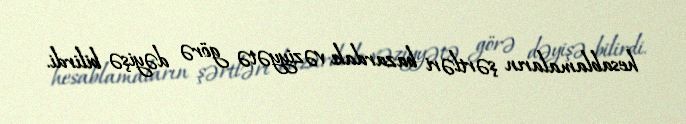
hesablamaların şərtləri bazardakı vəziyyətə görə dəyişə bilirdi.